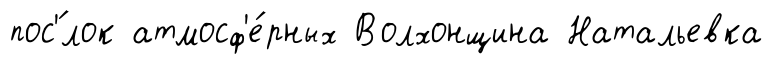
пос'́лок атмосф'е́рных Волхонщина Натальевка